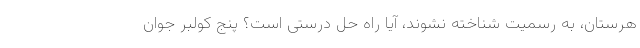
هرستان، به رسمیت شناخته نشوند، آیا راه حل درستی است؟ پنج کولبر جوان